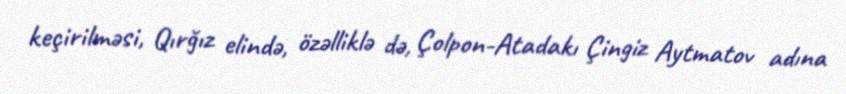
keçirilməsi, Qırğız elində, özəlliklə də, Çolpon-Atadakı Çingiz Aytmatov adına